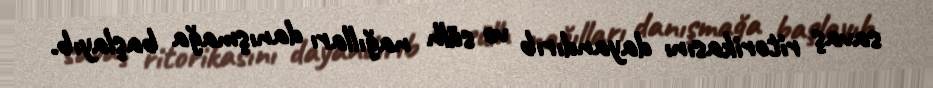
savaş ritorikasını dayandırıb və sülh nağılları danışmağa başlayıb.